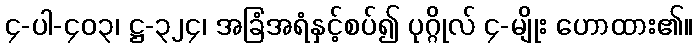
၄-ပါ-၄၀၃၊ ဋ္ဌ-၃၂၄၊ အခြံအရံနှင့်စပ်၍ ပုဂ္ဂိုလ် ၄-မျိုး ဟောထား၏။